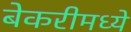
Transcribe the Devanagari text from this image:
बेकरीमध्ये